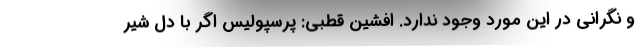
و نگرانی در این مورد وجود ندارد. افشین قطبی: پرسپولیس اگر با دل شیر